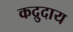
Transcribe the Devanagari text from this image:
कद्रुदाय